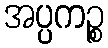
အပ္ပကဉ္စ